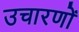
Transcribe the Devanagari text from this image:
उचारणों